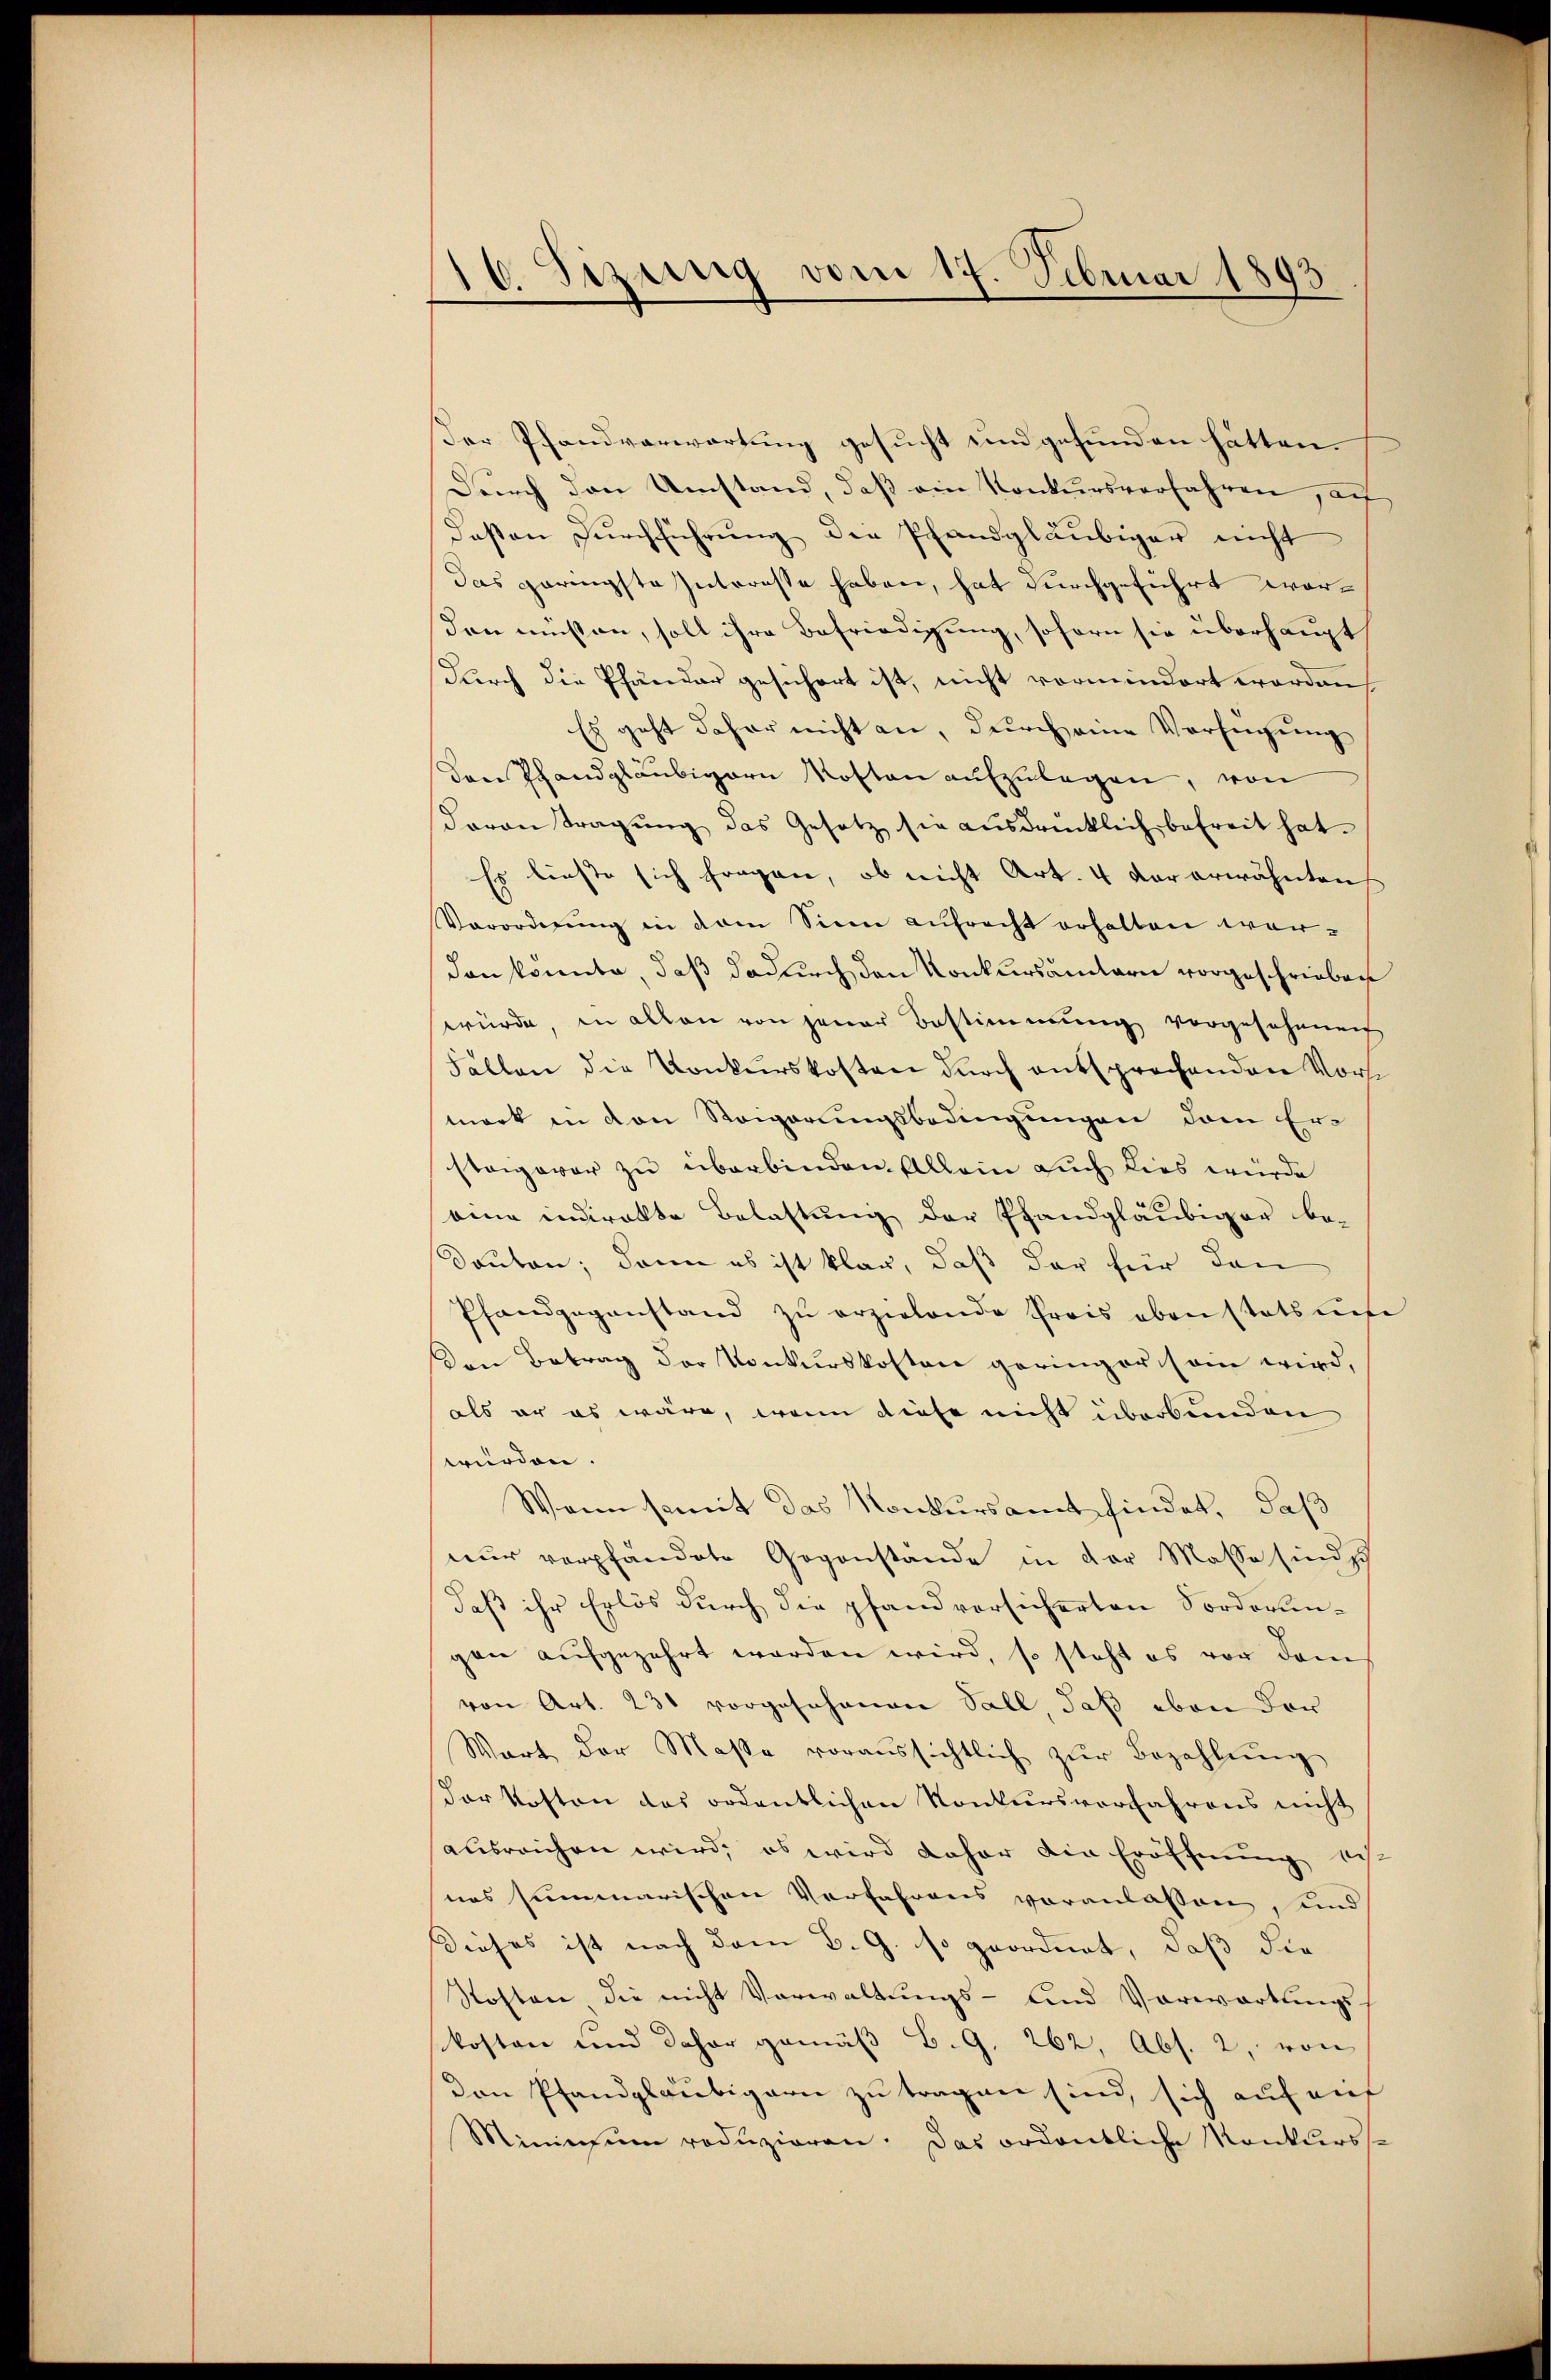
16. Sizung vom 17. Februar 1893.

Der Pfandverwartung gesucht und gefunden hätten.
Dŭrch den Umstand, daβ ein Konkursverfahren, au
deßen Durchführung die Pfandgläubiger nicht
das geringste Interesse haben, hat durchgeführt worden müssen, soll ihre Befriedigung, soforn sie überhaupt
Durch die Pfänder gesichert ist, nicht vormindert worden
Es geht daher nicht an, durch eine Verfügung
Der Pfandgläubigern Kosten aŭfzŭlegen, von
Daron Tragŭng das Gesetz sie aŭsdrücklich befreit hat.
Es lieste sich fragen, ob nicht Art. 4 der erwähnten
Vorordnung in dem Sinn aufrecht erhalten worden könnte, daß dadurch den Konkursämtern vorgeschriebene
würde, in allen von jener Bestimmung vorgesehenen
Fällen die Konkurskosten durch entsprechenden Vormark in von Steigerungsbedingungen dem Ersteigover zu überbinden. Allein auch dies würde
eine indirekte Belastung der Pfandgläubiger be-
Douten; dann es ist klar, daß der für den
Pfandgegenstand zŭ erzielende Preis oben stats unse
Den Betrag der Konkurskosten geringer sein wird,
als er es wäre, wenn diese nicht überbunden
wurden.
Wann somit das Konkursamt findet, daß
nur verpfändete Gegenstände in der Masse sind sch
daß ihr Erlös durch die pfandvorsicherten Forderungan aufgezehrt worden wird, so steht es vor dem
von Art. 231 vorgesehenen Sall, daß eben der
Wart der Masse voraŭssichtlich zŭr Bezahlŭng
orkosten das ordentlichen Konkursverfahrens nicht
ausreichen wird, es wird daher die Eröffnung sch
nes summarischen Verfahrens veranlassen, und
Dieses ist nach dem B. G. so geordnet, daß die
Soften die nicht Vorwaltungs- und Vorwartungskosten und daher gemäβ B. G. 262, Abs. 2, von
Den Pfandgläubigern zu tragen sind, sich auf au
Mininsum roduzieren. Das ordentliche Konkurss¬